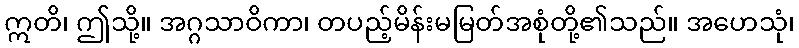
ဣတိ၊ ဤသို့။ အဂ္ဂသာဝိကာ၊ တပည့်မိန်းမမြတ်အစုံတို့၏သည်။ အဟေသုံ၊